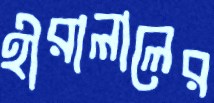
হীরালালের